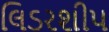
લિડરશીપ